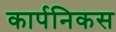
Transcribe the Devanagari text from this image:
कार्पनिकस